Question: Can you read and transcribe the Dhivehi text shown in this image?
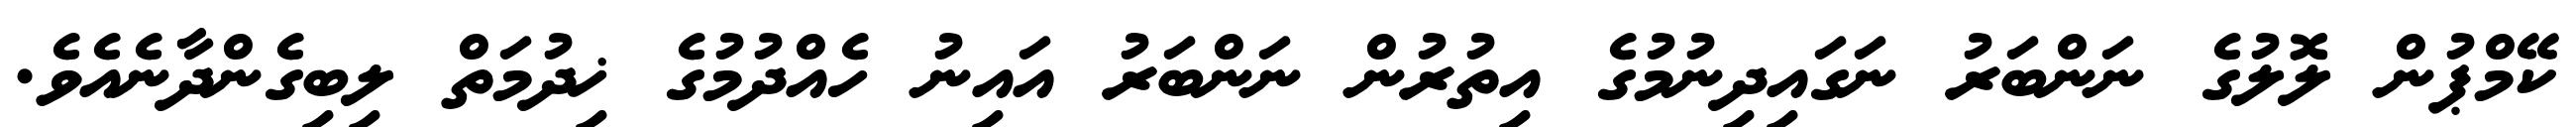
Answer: ކޭމްޕުން ލޮލުގެ ނަންބަރު ނަގައިދިނުމުގެ އިތުރުން ނަންބަރު އައިނު ހެއްދުމުގެ ޚިދުމަތް ލިބިގެންދާނެއެވެ.